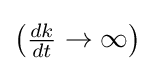
{\textstyle \left({\frac {dk}{dt}}\to \infty \right)}